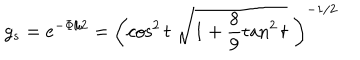
g _ { s } = e ^ { - \Phi / 2 } = \left( \cos ^ { 2 } t \; \sqrt { 1 + \frac { 8 } { 9 } \tan ^ { 2 } t } \; \right) ^ { - 1 / 2 }